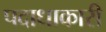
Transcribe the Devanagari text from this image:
पदाधाकारी